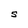
Character: S